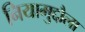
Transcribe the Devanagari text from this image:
नियामुद्दौला